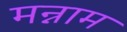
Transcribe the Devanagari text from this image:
मन्नाम